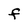
Character: f